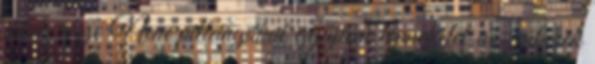
játék része Nem pillangókat gyűjteni lépnek fel az emberek